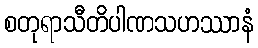
စတုရာသီတိပါဏသဟဿာနံ